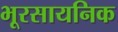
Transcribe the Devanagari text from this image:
भूरसायनिक